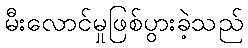
မီးလောင်မှုဖြစ်ပွားခဲ့သည်